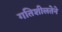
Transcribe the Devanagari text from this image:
गतिशीलतेने